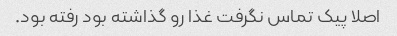
اصلا پیک تماس نگرفت غذا رو گذاشته بود رفته بود.